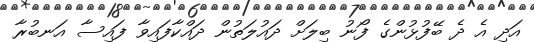
އަދި އެ ދެ ބޭފުޅުންގެ ފޯނު ބިލަށް ދައުލަތުން ދައްކާފައިވާ ފައިސާ އަނބުރާ